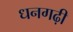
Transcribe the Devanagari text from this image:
धनगढ़ी